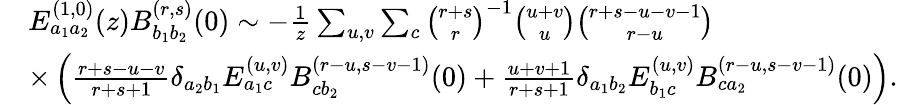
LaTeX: \begin{array}{rl}&{E_{a_{1}a_{2}}^{(1,0)}(z)B_{b_{1}b_{2}}^{(r,s)}(0)\sim-\frac{1}{z}\sum_{u,v}\sum_{c}\binom{r+s}{r}^{-1}\binom{u+v}{u}\binom{r+s-u-v-1}{r-u}}\\ &{\times\left(\frac{r+s-u-v}{r+s+1}\delta_{a_{2}b_{1}}E_{a_{1}c}^{(u,v)}B_{cb_{2}}^{(r-u,s-v-1)}(0)+\frac{u+v+1}{r+s+1}\delta_{a_{1}b_{2}}E_{b_{1}c}^{(u,v)}B_{ca_{2}}^{(r-u,s-v-1)}(0)\right).}\end{array}